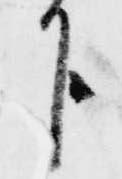
下